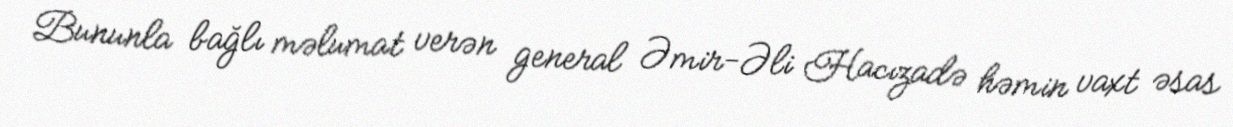
Bununla bağlı məlumat verən general Əmir-Əli Hacızadə həmin vaxt əsas